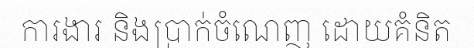
ការងារ និងប្រាក់ចំណេញ ដោយគំនិត